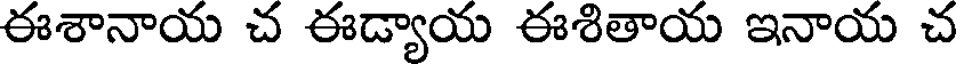
ఈశానాయ చ ఈడ్యాయ ఈశితాయ ఇనాయ చ